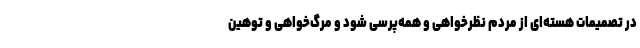
در تصمیمات هسته‌ای از مردم نظرخواهی و همه‌پرسی شود و مرگ‌خواهی و توهین